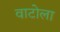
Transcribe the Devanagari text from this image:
वाटोला